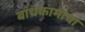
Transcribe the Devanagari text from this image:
बांधकामांचा